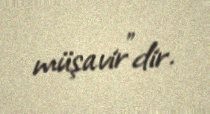
müşavir"dir.